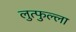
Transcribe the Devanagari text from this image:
लुत्फुल्ला